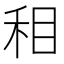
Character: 𰥚